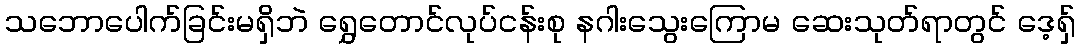
သဘောပေါက်ခြင်းမရှိဘဲ ရွှေတောင်လုပ်ငန်းစု နဂါးသွေးကြောမ ဆေးသုတ်ရာတွင် ဒေ့ရှ်